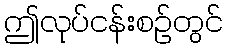
ဤလုပ်ငန်းစဉ်တွင်